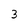
Character: 3